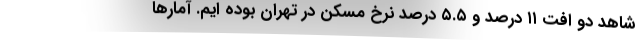
شاهد دو افت ۱۱ درصد و ۵.۵ درصد نرخ مسکن در تهران بوده ایم. آمارها